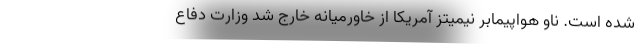
شده است. ناو هواپیمابر نیمیتز آمریکا از خاورمیانه خارج شد وزارت دفاع